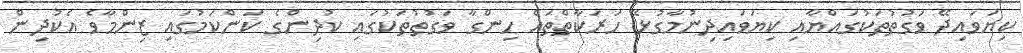
ކިޔަވައިދޭ ވަގުތުތަކުގައްޔާއި ކިޔަވައިދިނުމާގުޅޭ ހަރަކާތްތައް ހިންގާ ވަގުތުތަކުގައި ކުދިންގެ ކަންކަމުގައި ޒިންމާވެ އެކުދިން